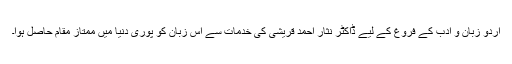
اردو زبان و ادب کے فروغ کے لیے ڈاکٹر نثار احمد قریشی کی خدمات سے اس زبان کو پوری دنیا میں ممتاز مقام حاصل ہوا۔